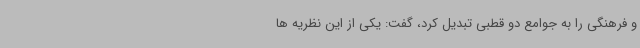
و فرهنگی را به جوامع دو قطبی تبدیل کرد، گفت: یکی از این نظریه ها